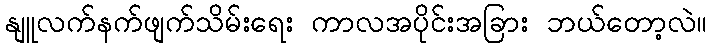
နျူလက်နက်ဖျက်သိမ်းရေး ကာလအပိုင်းအခြား ဘယ်တော့လဲ။